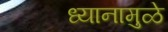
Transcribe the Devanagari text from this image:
ध्यानामुळे